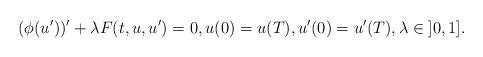
LaTeX: \begin{align*}(\phi(u'))' + \lambda F(t,u,u') = 0, u(0)=u(T), u'(0)=u'(T), \lambda\in\mathopen{]}0,1\mathclose{]}.\end{align*}